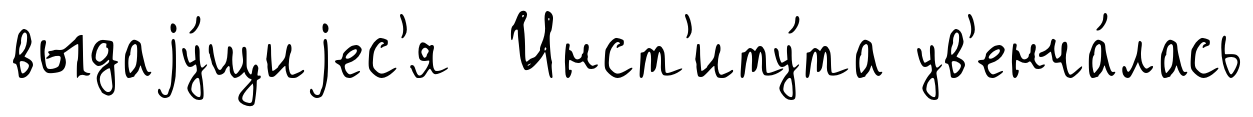
выдаjу́щиjес'я Инст'иту́та ув'енча́лась